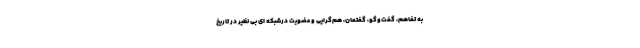
به تفاهم، گفت­وگو، گفتمان، هم­گرایی و عضویت درشبکه ای بی نظیر در تاریخ